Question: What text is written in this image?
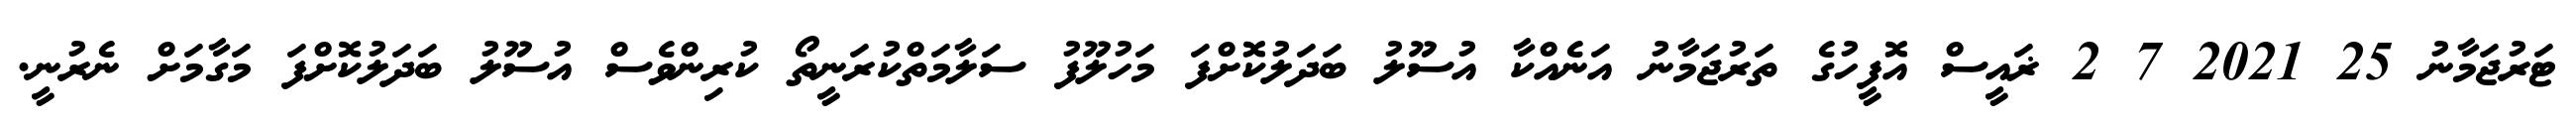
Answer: ޓަރުޖަމާނު 25 2021 7 2 ޜައީސް އޮފީހުގެ ތަރުޖަމާނު އަނެއްކާ އުސޫލު ބަދަލުކޮށްފަ މަހުލޫފު ސަލާމަތްކުރަނީތޯ ކުރިންވެސް އުސޫލު ބަދަލުކޮށްފަ މަގާމަށް ނެރުނީ.